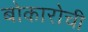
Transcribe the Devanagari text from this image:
बोकारोची